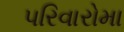
પરિવારોમા